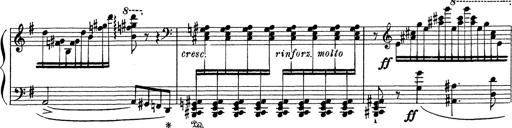
Title: Grosses Konzertsolo
Composer: Franz Liszt